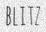
BLITZ